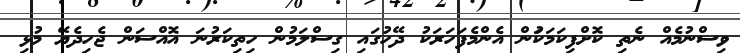
ވިސްނުމެއް ނެތި ކޮށްފިކަމަކަުން އެންމެފަހަރަކު ދޭހުގައި ގިސްލަމުން ހިތިކަރުނަ އޮއްސަން ޖެހިދެޔޭ މުޅި